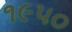
૧૯૫૦